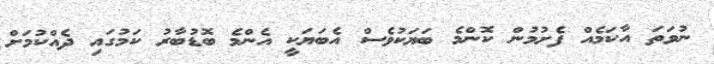
ނުވަތަ އާކަމެއް ފެށުމުން ކޮންމެ ބަޔަކުވެސް އެބަޔަކީ އެންމެ ބޮޑުބާރު ކަމުގައި ދެއްކުމަށް